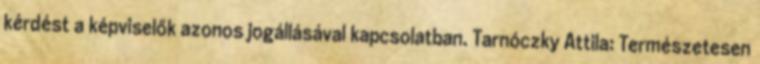
kérdést a képviselők azonos jogállásával kapcsolatban. Tarnóczky Attila: Természetesen